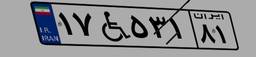
۱۷W۵۳۱۸۱